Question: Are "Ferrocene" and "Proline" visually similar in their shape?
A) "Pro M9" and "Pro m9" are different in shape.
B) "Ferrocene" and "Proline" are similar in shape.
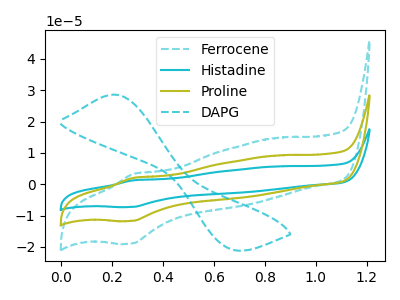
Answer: <think>The cyan dashed curve "Ferrocene" has an anodic peak at (0.30V, 3.30uA) and a cathodic peak at (0.30V, -18.95uA). The cyan curve "Histadine" has an anodic peak at (0.30V, 4.10uA) and a cathodic peak at (0.30V, -23.45uA). The olive curve "Proline" has an anodic peak at (0.30V, 2.05uA) and a cathodic peak at (0.30V, -11.75uA). The cyan dashed curve "DAPG" has an anodic peak at (0.20V, 28.60uA) and a cathodic peak at (0.65V, -20.60uA).
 All the peaks in "Ferrocene" have a peak in "Proline" at the same potential. Every peak in "Ferrocene" is higher than every peak in "Proline".</think>
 <answer>B) "Ferrocene" and "Proline" are similar in shape.</answer>
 <eval>B</eval>